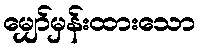
မျှော်မှန်းထားသော